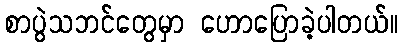
စာပွဲသဘင်တွေမှာ ဟောပြောခဲ့ပါတယ်။